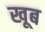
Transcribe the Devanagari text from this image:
खूब